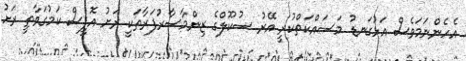
އެހެންނަމަވެސް އަޅުގަނޑު މަސައްކަތްކުރީ އޭރު ސުކޫލްގެ ޒިންމާސާރުފަރާތަކީ ރަށު އޮފީސް ކަމުގަވާތީ ރަށު